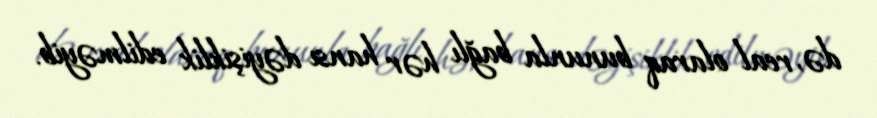
də, real olaraq bununla bağlı hər hansı dəyişiklik edilməyib.